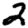
Digit: 2